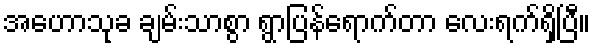
အဟောသုခ ချမ်းသာစွာ ရွာပြန်ရောက်တာ လေးရက်ရှိပြီ။